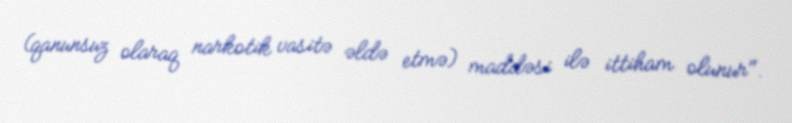
(qanunsuz olaraq narkotik vasitə əldə etmə) maddəsi ilə ittiham olunur".